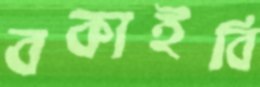
বকাইবি